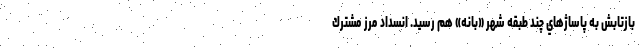
بازتابش به پاساژهاي چند طبقه شهر «بانه» هم رسيد. انسداد مرز مشترك